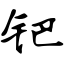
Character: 钯